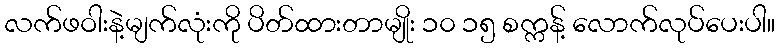
လက်ဖဝါးနဲ့မျက်လုံးကို ပိတ်ထားတာမျိုး ၁၀ ၁၅ စက္ကန့် လောက်လုပ်ပေးပါ။